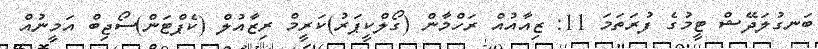
ބަނގުލަދޭޝް ޓީމުގެ ފުރަތަމަ 11: ޒިއާއުއް ރަހްމާން (ގޯލްކީޕަރު)ކަރީމް ރިޒާއުލް (ކެޕްޓަން)ސޯޖިބް އަމީނުއް